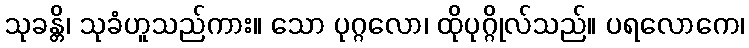
သုခန္တိ၊ သုခံဟူသည်ကား။ သော ပုဂ္ဂလော၊ ထိုပုဂ္ဂိုလ်သည်။ ပရလောကေ၊